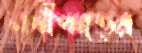
নদীপাড়ের